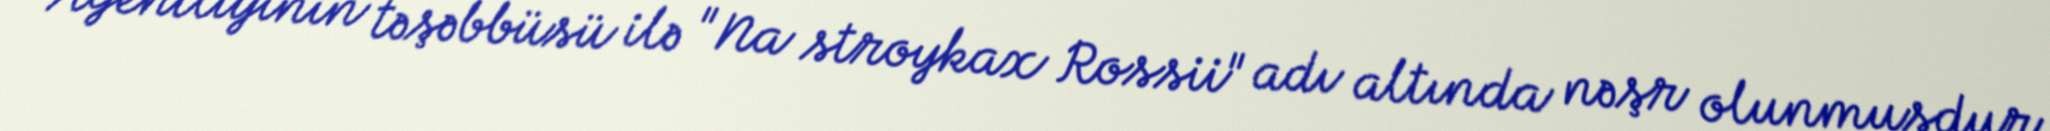
Agentliyinin təşəbbüsü ilə "Na stroykax Rossii" adı altında nəşr olunmuşdur.